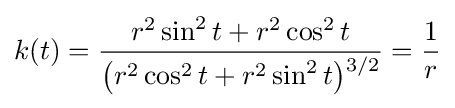
k(t)={\frac {r^{2}\sin ^{2}t+r^{2}\cos ^{2}t}{{\bigl (}r^{2}\cos ^{2}t+r^{2}\sin ^{2}t{\bigr )}{\vphantom {'}}^{3/2}}}={\frac {1}{r}}